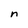
Character: n